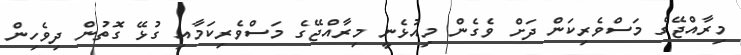
މިރާއްޖޭގެ މަސްވެރިކަން ދަށް ވެގެން މިއުޅެނީ މިރާއްޖޭގެ މަސްވެރިކަމާއި ގުޅޭ ގޮތުން ދިވެހިން